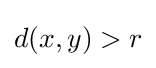
d(x,y)>r